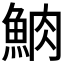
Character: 𩶩